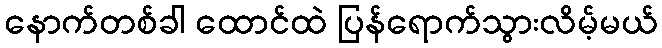
နောက်တစ်ခါ ထောင်ထဲ ပြန်ရောက်သွားလိမ့်မယ်